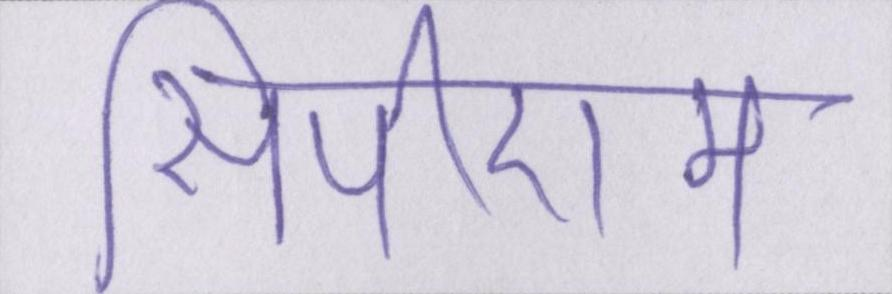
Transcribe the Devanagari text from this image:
सीपीएम